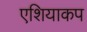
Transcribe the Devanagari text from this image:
एशियाकप